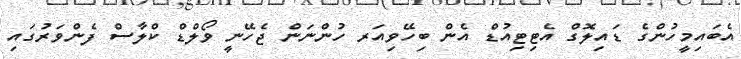
އެބައިމީހުންގެ ޑައިލޮގް އެޓިޓިއުޑް އެން ބިހޭވިއަރ ހުންނަން ޖެހޭނީ ވޯލްޑް ކްލާސް ފެންވަރުގައި